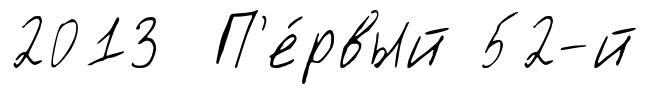
2013 П'е́рвый 52-й